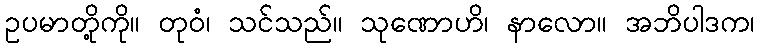
ဥပမာတို့ကို။ တုဝံ၊ သင်သည်။ သုဏောဟိ၊ နာလော။ အဘိပါဒက၊